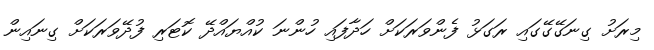
މިރަށު ގިނަގޭގޭގައި ރަގަޅު ފެންވަރަކަށް ހަދާފައި ހުންނަ ކުއްޔައްދޭ ކޮޓަރި ފުދޭވަރަކަށް ގިނައިން